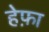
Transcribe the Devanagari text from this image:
हेफ़ा